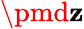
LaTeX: \pmd\mathbf{z}